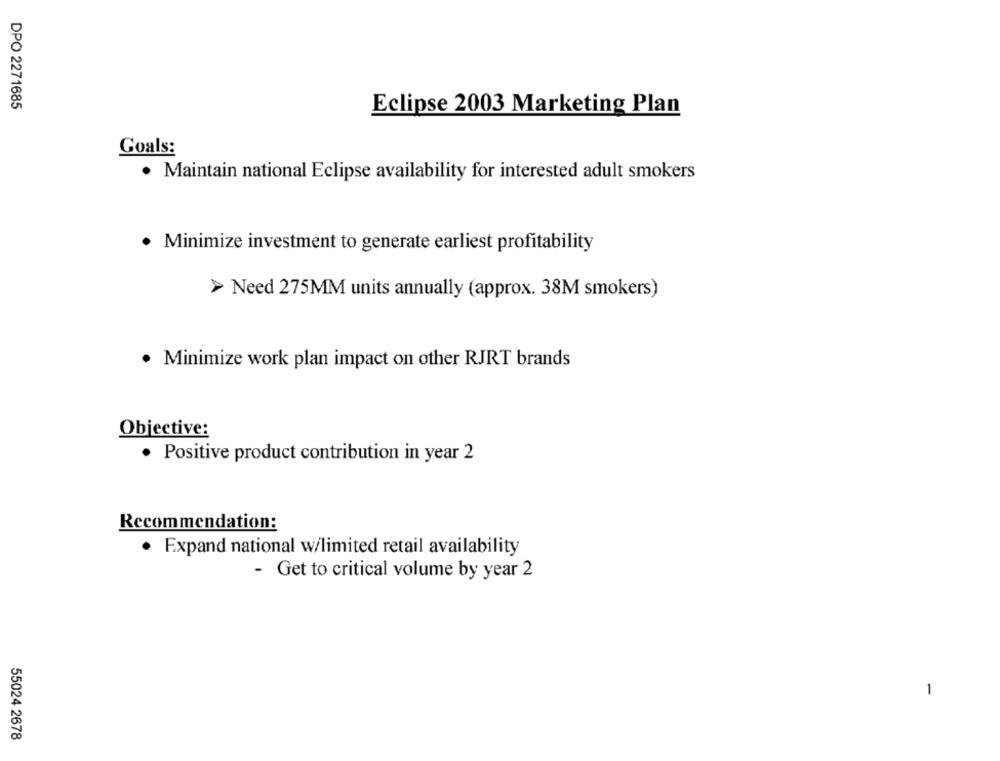
DPO 2271685
Eclipse 2003 Marketing Plan
Goals:
· Maintain national Eclipse availability for interested adult smokers
Minimize investment to generate earliest profitability
> Need 275MM units annually (approx. 38M smokers)
· Minimize work plan impact on other RJRT brands
Objective:
. Positive product contribution in year 2
Recommendation:
· Expand national w/limited retail availability
- Get to critical volume by year 2
55024 2678